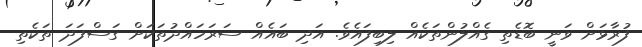
ފުރާޅަށް ވަނީ ބޮޑެތި ގެއްލުންތަކެއް ލިބިފައެވެ. އަދި ބައެއް ސަރަހައްދުތަކަށް ގަސްފަދަ ތަކެތި